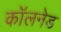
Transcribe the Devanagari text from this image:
कॉलनेड